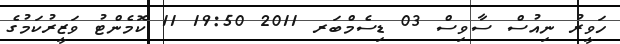
ހަވީރު ނިއުސް ސާވިސް 03 ޑިސެމްބަރ 2011 19:50 11 ކޮމެންޓު ވަޒީރުކަމުގެ